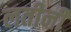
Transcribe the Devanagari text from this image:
लतीनी